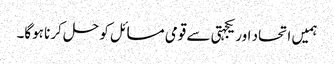
ہمیں اتحاد اور یکجہتی سے قومی مسائل کو حل کرنا ہوگا۔